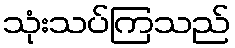
သုံးသပ်ကြသည်